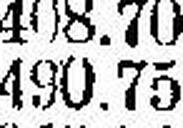
490.75